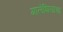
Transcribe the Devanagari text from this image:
गालेशियाचा